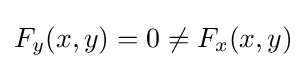
F_{y}(x,y)=0\neq F_{x}(x,y)